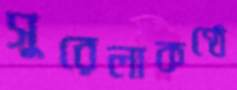
সুরেলাকণ্ঠে